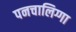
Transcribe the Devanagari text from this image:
पनचालिग्गा